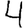
Digit: 4